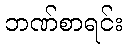
ဘဏ်စာရင်း